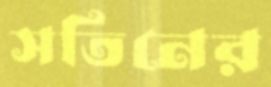
সতিনের